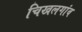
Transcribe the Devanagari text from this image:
चिखलगांव